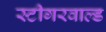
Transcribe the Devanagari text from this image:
स्टीगरवाल्ड